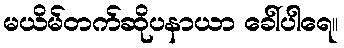
မယိမ်တက်ဆိုပနာယာ ခေါ်ပါရေ။